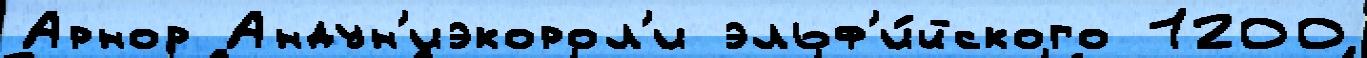
Арнор Андун'иэкорол'и эльф'и́йского 1200